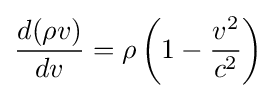
{\frac {d(\rho v)}{dv}}=\rho \left(1-{\frac {v^{2}}{c^{2}}}\right)